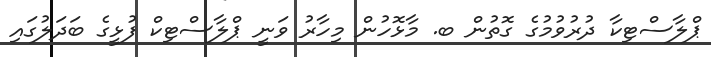
ޕްލާސްޓިކާ ދުރުވުމުގެ ގޮތުން ބ. މާޅޮހުން މިހާރު ވަނީ ޕްލާސްޓިކް ފުޅީގެ ބަދަލުގައި